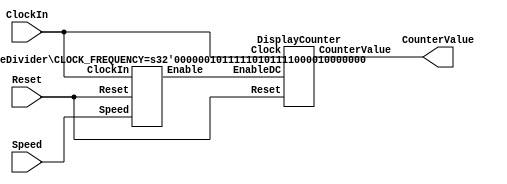
//part 2

/*
	module part2 (CLOCK_50, SW, HEX); //toplevelmodule
	
		input [9:0] SW;
		input CLOCK_50;
		output [6:0] HEX;
		
		wire [3:0] counterToHex;
		wire wEnable, Reset;
		wire [1:0] Speed;
		
		always @ (*)
			begin
				
				Reset <= SW[9];
				Speed <= SW[1:0];
				
		end
		
		RateDivider ahh (CLOCK_50, Reset, Speed, wEnable);
		DisplayCounter ugh (wEnable, CLOCK_50, SW[9], counterToHex);
		hex_decoder wow (.c(counterToHex), .display(HEX[0]));

	endmodule
*/

module part2 #(parameter CLOCK_FREQUENCY = 50000000) (ClockIn, Reset, Speed, CounterValue);

	input ClockIn, Reset;
	input [1:0] Speed;
	output [3:0] CounterValue;
	
	wire wEnable; //to connect RateDivider and DisplayCounter
	
	//probably some module instantiations here
	
	RateDivider #(CLOCK_FREQUENCY) bruh (ClockIn, Reset, Speed, wEnable);
	DisplayCounter dang (ClockIn, Reset, wEnable, CounterValue);

endmodule 


module RateDivider #(parameter CLOCK_FREQUENCY = 50000000) (ClockIn, Reset, Speed, Enable);
	input ClockIn, Reset;
	input [1:0] Speed;
	output reg Enable; 

	reg [27:0] upperBound;
	reg [27:0] counter;
	
	//upper bound of CLOCK FREQUENCY = 50000000
	
	always @ (*) //make these upperbounds dependent on CLOCK_FREQUENCY as it's something that can change
		begin
		
			case (Speed)
			2'b00: upperBound = 28'b0; 				//ticks once per clock period, aka 50MHz
			2'b01: upperBound = CLOCK_FREQUENCY-1; 	//49 999 999 once per second --> 1Hz
			2'b10: upperBound = (CLOCK_FREQUENCY*2)-1; //99 999 999 -> once per 2 seconds --> 0.5Hz
			2'b11: upperBound = (CLOCK_FREQUENCY*4)-1; //199 999 999 --> once per 4 seconds --> 0.25Hz
			endcase
		
			/* for simulations
			case (Speed)
			2'b00: upperBound = 28'b0;
			2'b01: upperBound = 28'b0 + 2;
			2'b10: upperBound = 28'b0 + 4;
			2'b11: upperBound = 28'b0 + 8;
			endcase
			*/
		end
		
	always @ (posedge ClockIn)
		begin
		
			if (Reset) counter <= upperBound;
			else if (counter == 28'b0) //IF OUR COUNTER HITS 0, WE GENERATE A POSITIVE ENABLE PULSE AAYEEE
				begin
					
					counter <= upperBound; //and then hit a reset
				
				end
			else
				begin
				
					
					counter <= counter - 1;
				
				end
		end
		
	always @ (*)
		begin
			
			if (counter == 28'b0) Enable = 1'b1;
			else Enable = 1'b0;
				
		
		end
	
endmodule 

module DisplayCounter (Clock, Reset, EnableDC, CounterValue);

	input Clock, Reset, EnableDC;
	output reg [3:0] CounterValue;
	
	always @ (posedge Clock)
		begin
		
			if (Reset == 1'b1) CounterValue <= 4'b0;
			else if (EnableDC == 1'b1) CounterValue <= CounterValue+1;
		
		end

endmodule 

module hex_decoder (c, display);

	input [3:0] c; //4 input bits
	output [6:0] display; //7 outputs
	
	//handle taking in inputs
	
	wire wire0, wire1, wire2, wire3, wire4, wire5, wire6, wire7, wire8, wire9, wireA, wireB, wireC, wireD, wireE, wireF;
	
	assign wire0 = ~c[3]&~c[2]&~c[1]&~c[0];//0000
	assign wire1 = ~c[3]&~c[2]&~c[1]&c[0]; //0001
	assign wire2 = ~c[3]&~c[2]&c[1]&~c[0]; //0010
	assign wire3 = ~c[3]&~c[2]&c[1]&c[0];  //0011    0
	assign wire4 = ~c[3]&c[2]&~c[1]&~c[0]; //0100    _ 
	assign wire5 = ~c[3]&c[2]&~c[1]&c[0];  //0101 5 | |  1
	assign wire6 = ~c[3]&c[2]&c[1]&~c[0];  //0110    - 6
	assign wire7 = ~c[3]&c[2]&c[1]&c[0];	//0111 4 | |  2
	assign wire8 = c[3]&~c[2]&~c[1]&~c[0]; //1000    -
	assign wire9 = c[3]&~c[2]&~c[1]&c[0];	//1001
	assign wireA = c[3]&~c[2]&c[1]&~c[0];	//1010    3
	assign wireB = c[3]&~c[2]&c[1]&c[0];	//1011
	assign wireC = c[3]&c[2]&~c[1]&~c[0];	//1100
	assign wireD = c[3]&c[2]&~c[1]&c[0];	//1101
	assign wireE = c[3]&c[2]&c[1]&~c[0];	//1110
	assign wireF = c[3]&c[2]&c[1]&c[0];		//1111
	
	assign display[0] = ~(wire0||wire2||wire3||wire5||wire6||wire7||wire8||wire9||wireA||wireC||wireE||wireF);
	assign display[1] = ~(wire0||wire1||wire2||wire3||wire4||wire7||wire8||wire9||wireA||wireD);
	assign display[2] = ~(wire0||wire1||wire3||wire4||wire5||wire6||wire7||wire8||wire9||wireA||wireB||wireD);
	assign display[3] = ~(wire0||wire2||wire3||wire5||wire6||wire8||wire9||wireB||wireC||wireD||wireE);
	assign display[4] = ~(wire0||wire2||wire6||wire8||wireA||wireB||wireC||wireD||wireE||wireF);
	assign display[5] = ~(wire0||wire4||wire5||wire6||wire8||wire9||wireA||wireB||wireC||wireE||wireF);
	assign display[6] = ~(wire2||wire3||wire4||wire5||wire6||wire8||wire9||wireA||wireB||wireD||wireE||wireF);
		//anodes display 0 values as positive

endmodule